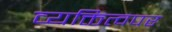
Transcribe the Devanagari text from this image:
व्यक्तित्वपर